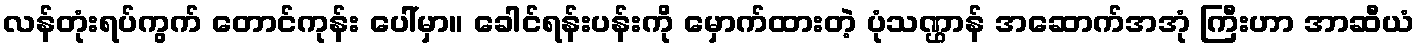
လန်တုံးရပ်ကွက် တောင်ကုန်း ပေါ်မှာ။ ခေါင်ရန်းပန်းကို မှောက်ထားတဲ့ ပုံသဏ္ဌာန် အဆောက်အအုံ ကြီးဟာ အာဆီယံ